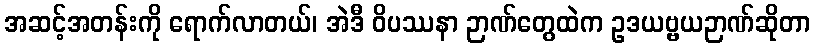
အဆင့်အတန်းကို ရောက်လာတယ်၊ အဲဒီ ဝိပဿနာ ဉာဏ်တွေထဲက ဥဒယဗ္ဗယဉာဏ်ဆိုတာ